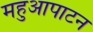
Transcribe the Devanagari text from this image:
महुआपाटन